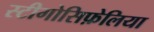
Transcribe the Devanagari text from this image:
स्टीगोसिफ़ेलिया